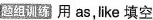
题组训统 用 as,like 填空